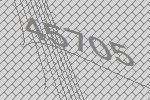
45705